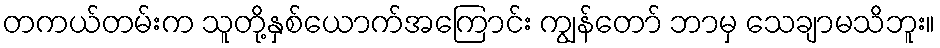
တကယ်တမ်းက သူတို့နှစ်ယောက်အကြောင်း ကျွန်တော် ဘာမှ သေချာမသိဘူး။